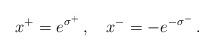
LaTeX: \begin{align*}x^+ = e^{\sigma^+}\, , \quad x^- = -e^{-\sigma^-}\, .\end{align*}